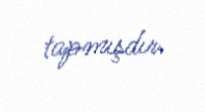
tapmışdır.